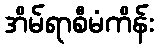
အိမ်ရာစီမံကိန်း